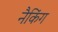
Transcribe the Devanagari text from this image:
नैकिंग